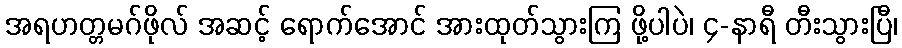
အရဟတ္တမဂ်ဖိုလ် အဆင့် ရောက်အောင် အားထုတ်သွားကြ ဖို့ပါပဲ၊ ၄-နာရီ တီးသွားပြီ၊